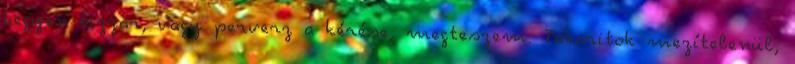
Legyen bizzar, vagy perverz a kérése, megteszem. Takaritok mezítelenül,